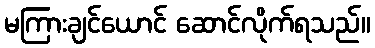
မကြားချင်ယောင် ဆောင်လိုက်ရသည်။